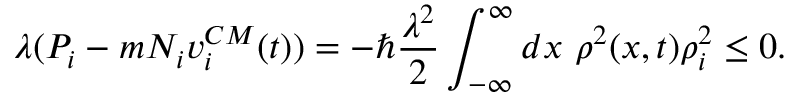
\lambda ( P _ { i } - m N _ { i } v _ { i } ^ { C M } ( t ) ) = - \hbar \frac { \lambda ^ { 2 } } { 2 } \int _ { - \infty } ^ { \infty } d x ~ \rho ^ { 2 } ( x , t ) \rho _ { i } ^ { 2 } \le 0 .